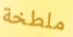
ملطخة